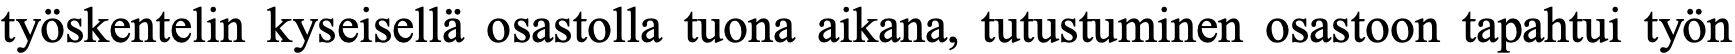
työskentelin kyseisellä osastolla tuona aikana, tutustuminen osastoon tapahtui työn